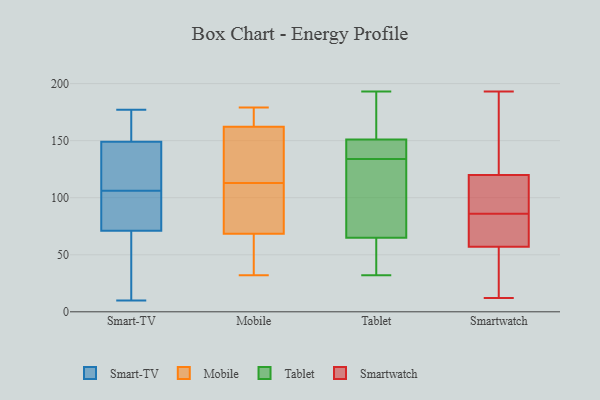
{"axis": {"x": "LTV (USD)", "y": "Value"}, "legend": ["Mobile", "Smart-TV", "Smartwatch", "Tablet"], "data": [{"x": "", "y": 147, "type": "Smart-TV"}, {"x": "", "y": 139, "type": "Smart-TV"}, {"x": "", "y": 32, "type": "Smart-TV"}, {"x": "", "y": 167, "type": "Smart-TV"}, {"x": "", "y": 151, "type": "Smart-TV"}, {"x": "", "y": 119, "type": "Smart-TV"}, {"x": "", "y": 10, "type": "Smart-TV"}, {"x": "", "y": 177, "type": "Smart-TV"}, {"x": "", "y": 126, "type": "Smart-TV"}, {"x": "", "y": 41, "type": "Smart-TV"}, {"x": "", "y": 174, "type": "Smart-TV"}, {"x": "", "y": 88, "type": "Smart-TV"}, {"x": "", "y": 50, "type": "Smart-TV"}, {"x": "", "y": 75, "type": "Smart-TV"}, {"x": "", "y": 73, "type": "Smart-TV"}, {"x": "", "y": 69, "type": "Smart-TV"}, {"x": "", "y": 103, "type": "Smart-TV"}, {"x": "", "y": 109, "type": "Smart-TV"}, {"x": "", "y": 88, "type": "Smart-TV"}, {"x": "", "y": 165, "type": "Smart-TV"}, {"x": "", "y": 162, "type": "Mobile"}, {"x": "", "y": 32, "type": "Mobile"}, {"x": "", "y": 73, "type": "Mobile"}, {"x": "", "y": 110, "type": "Mobile"}, {"x": "", "y": 176, "type": "Mobile"}, {"x": "", "y": 55, "type": "Mobile"}, {"x": "", "y": 177, "type": "Mobile"}, {"x": "", "y": 179, "type": "Mobile"}, {"x": "", "y": 102, "type": "Mobile"}, {"x": "", "y": 46, "type": "Mobile"}, {"x": "", "y": 163, "type": "Mobile"}, {"x": "", "y": 113, "type": "Mobile"}, {"x": "", "y": 143, "type": "Mobile"}, {"x": "", "y": 45, "type": "Mobile"}, {"x": "", "y": 139, "type": "Mobile"}, {"x": "", "y": 109, "type": "Mobile"}, {"x": "", "y": 147, "type": "Mobile"}, {"x": "", "y": 160, "type": "Tablet"}, {"x": "", "y": 92, "type": "Tablet"}, {"x": "", "y": 41, "type": "Tablet"}, {"x": "", "y": 146, "type": "Tablet"}, {"x": "", "y": 62, "type": "Tablet"}, {"x": "", "y": 138, "type": "Tablet"}, {"x": "", "y": 134, "type": "Tablet"}, {"x": "", "y": 148, "type": "Tablet"}, {"x": "", "y": 53, "type": "Tablet"}, {"x": "", "y": 147, "type": "Tablet"}, {"x": "", "y": 114, "type": "Tablet"}, {"x": "", "y": 181, "type": "Tablet"}, {"x": "", "y": 32, "type": "Tablet"}, {"x": "", "y": 193, "type": "Tablet"}, {"x": "", "y": 107, "type": "Tablet"}, {"x": "", "y": 66, "type": "Tablet"}, {"x": "", "y": 187, "type": "Tablet"}, {"x": "", "y": 83, "type": "Smartwatch"}, {"x": "", "y": 89, "type": "Smartwatch"}, {"x": "", "y": 40, "type": "Smartwatch"}, {"x": "", "y": 126, "type": "Smartwatch"}, {"x": "", "y": 103, "type": "Smartwatch"}, {"x": "", "y": 104, "type": "Smartwatch"}, {"x": "", "y": 140, "type": "Smartwatch"}, {"x": "", "y": 55, "type": "Smartwatch"}, {"x": "", "y": 193, "type": "Smartwatch"}, {"x": "", "y": 67, "type": "Smartwatch"}, {"x": "", "y": 12, "type": "Smartwatch"}, {"x": "", "y": 36, "type": "Smartwatch"}, {"x": "", "y": 71, "type": "Smartwatch"}, {"x": "", "y": 114, "type": "Smartwatch"}, {"x": "", "y": 59, "type": "Smartwatch"}, {"x": "", "y": 183, "type": "Smartwatch"}]}